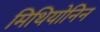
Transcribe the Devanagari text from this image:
मिथियोनिन